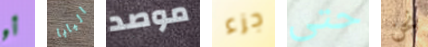
أو البابا موصد جزء حتى نحن